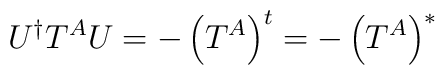
U^{\dagger}T^AU = -\left( T^A\right)^t = -\left( T^A\right)^*